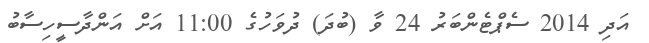
އަދި 2014 ސެޕްޓެންބަރު 24 ވާ (ބުދަ) ދުވަހުގެ 11:00 އަށް އަންދާސީހިސާބު